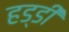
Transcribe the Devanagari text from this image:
हड्‍डी